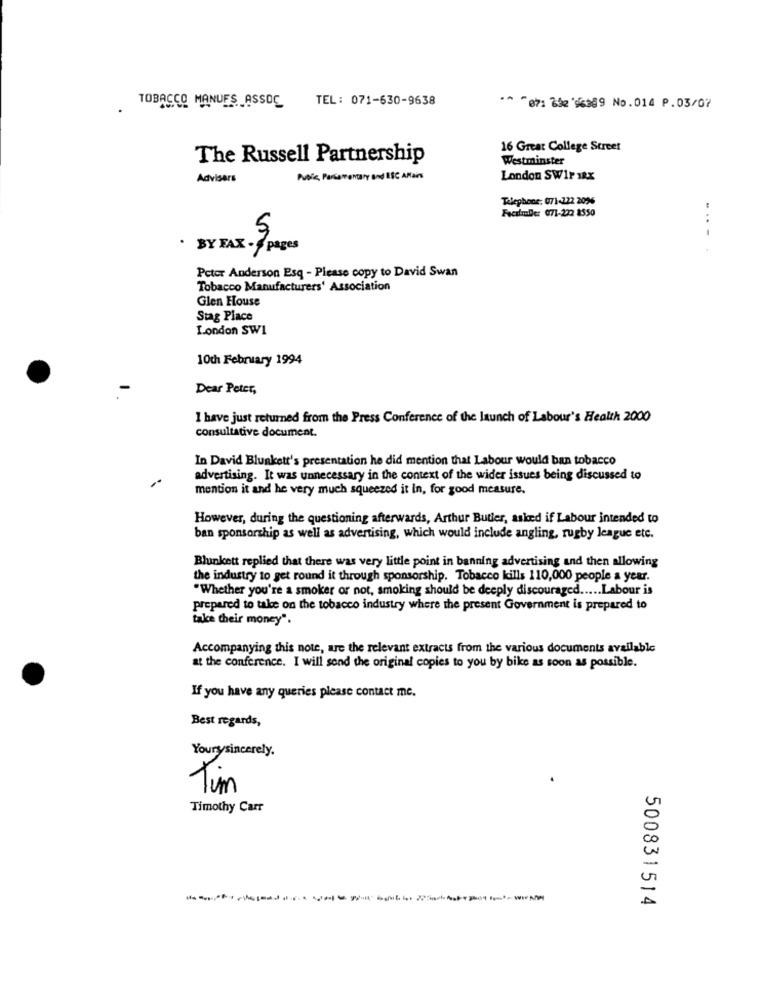
TOBACCO MANUFS ASSOC TEL: 071-630-9638
** " 871 %de '56089 No. 014 P.03/07
16 Great College Street
The Russell Partnership
Westminster
Advisers
Profe Percoronary and ESC AMains
London SWir 1RX
Telephone: 071-222 2096
FecalmaDe: 671-222 8550
....
BY FAX - pages
Peter Anderson Esq - Please copy to David Swan
Tobacco Manufacturers' Association
Glen House
Stag Place
London SW1
10th February 1994
Dear Peter,
I have just returned from the Press Conference of the launch of Labour's Health 2000
consultative document.
In David Blunkett's presentation he did mention that Labour would ban tobacco
advertising. It was unnecessary in the context of the wider issues being discussed to
mention it and he very much squeezed it in, for good measure.
However, during the questioning afterwards, Arthur Butler, asked if Labour intended to
ban sponsorship as well as advertising, which would include angling, rugby league etc.
Blunkett replied that there was very little point in banning advertising and then allowing
the industry to get round it through sponsorship. Tobacco kills 110,000 people a year.
"Whether you're a smoker or not, smoking should be deeply discouraged ..... Labour is
prepared to take on the tobacco industry where the present Government is prepared to
take their money".
Accompanying this note, are the relevant extracts from the various documents available
at the conference. I will send the original copies to you by bike as soon as possible.
If you have any queries please contact me.
Best regards,
Yourysincerely.
Tim
Timothy Carr
500831514